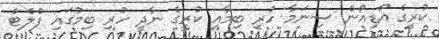
ކުރީގެ އޯޑިއޯން ސިނަމާ ހުރި ބިމާއި ކުރީގެ ނާދީ ހުރި ބިމުގައި ފްލެޓް